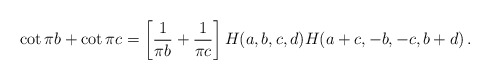
\begin{align*}\cot\pi b+\cot\pi c=\left[\frac{1}{\pi b}+\frac{1}{\pi c}\right]H(a,b,c,d)H(a+c,-b,-c,b+d)\,.\end{align*}